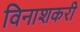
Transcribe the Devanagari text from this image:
विनाशकरी